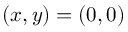
( x , y ) = ( 0 , 0 )